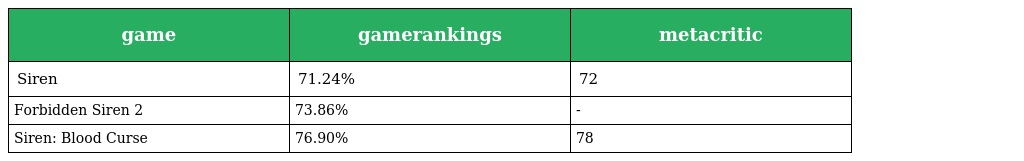
| game | gamerankings | metacritic |
 | --- | --- | --- |
 | Siren | 71.24% | 72 |
 | Forbidden Siren 2 | 73.86% | - |
 | Siren: Blood Curse | 76.90% | 78 |